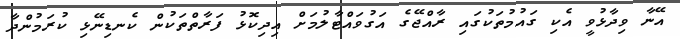
އޭނާ ވިދާޅުވީ އެކި ގައުމުތަކުގައި ރާއްޖޭގެ އަގުވައްޓާލުމަށް އިދިކޮޅު ފަރާތްތަކުން ކެނޑިނޭޅި ކުރަމުންދާ